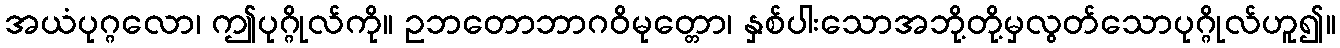
အယံပုဂ္ဂလော၊ ဤပုဂ္ဂိုလ်ကို။ ဥဘတောဘာဂဝိမုတ္တော၊ နှစ်ပါးသောအဘို့တို့မှလွတ်သောပုဂ္ဂိုလ်ဟူ၍။